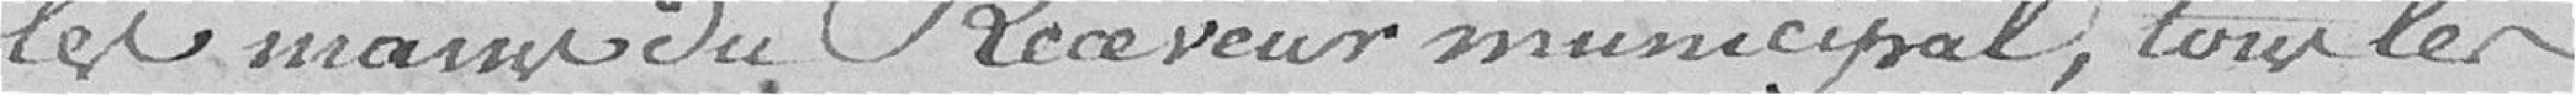
les mains du Receveur municipal, tous les